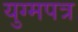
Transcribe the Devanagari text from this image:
युग्मपत्र